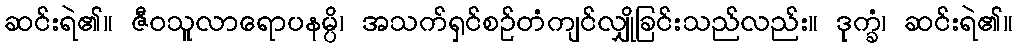
ဆင်းရဲ၏။ ဇီဝသူလာရောပနမ္ပိ၊ အသက်ရှင်စဉ်တံကျင်လျှိုခြင်းသည်လည်း။ ဒုက္ခံ၊ ဆင်းရဲ၏။